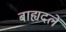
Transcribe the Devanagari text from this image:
बाह्यदलें